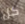
كل